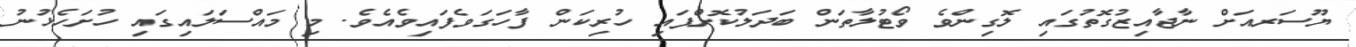
ޔޫސަރއަށް ނާޖާއިޒުގޮތުގައި ލޮގިންވެ ވޯޓުލާތަން ބަދަލުކޮށްފައި ހުރިކަން ފާހަގަވެފައިވެއެވެ. މި މައްސަލައިގައި ހުށަހެޅުނު